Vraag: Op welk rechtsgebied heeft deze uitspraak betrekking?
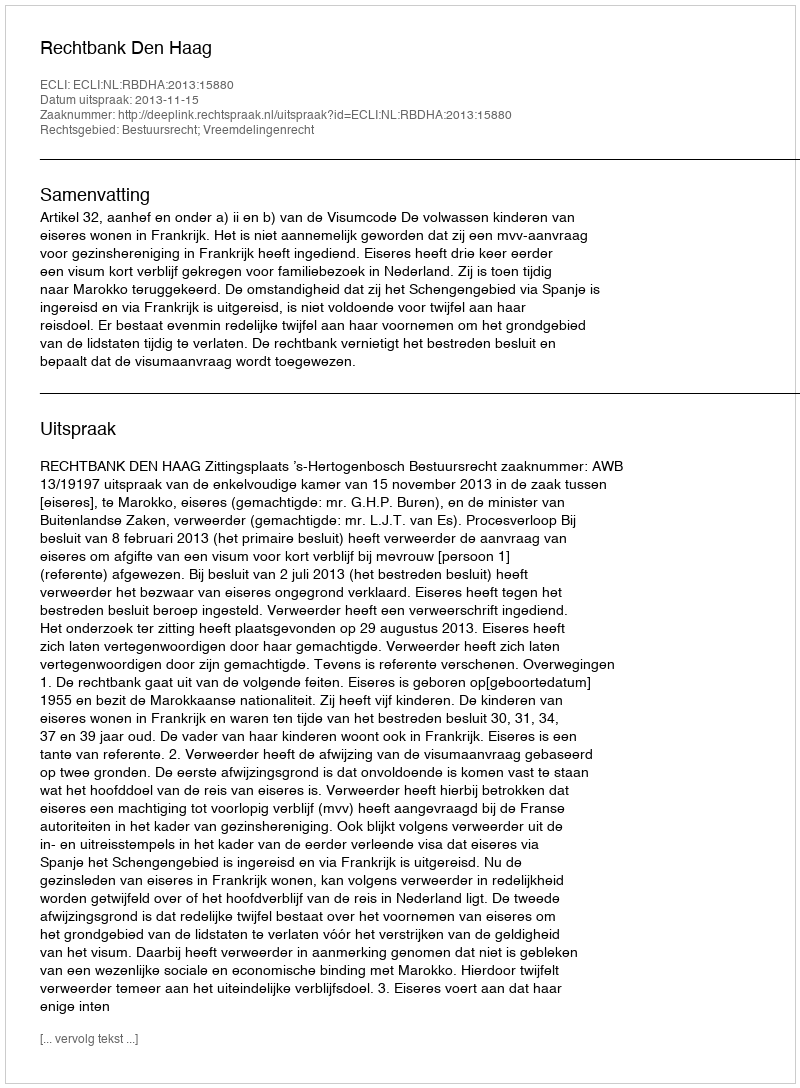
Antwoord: Bestuursrecht; Vreemdelingenrecht